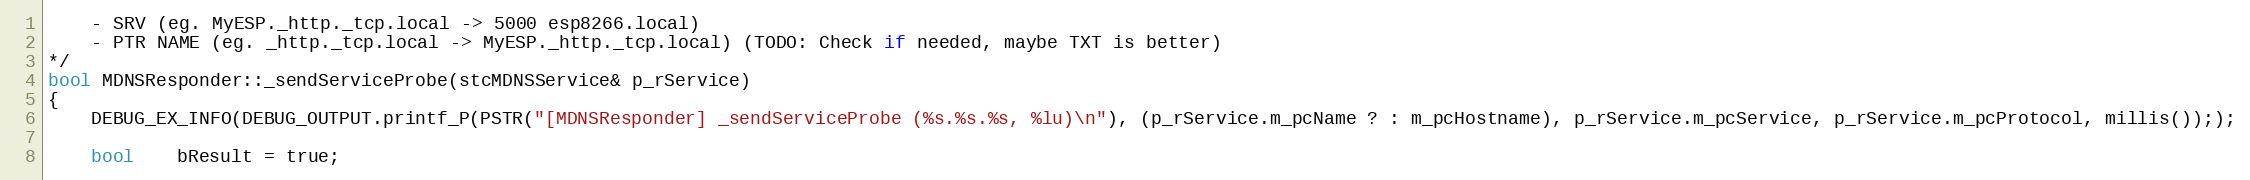
Language: C++
    - SRV (eg. MyESP._http._tcp.local -> 5000 esp8266.local)
    - PTR NAME (eg. _http._tcp.local -> MyESP._http._tcp.local) (TODO: Check if needed, maybe TXT is better)
*/
bool MDNSResponder::_sendServiceProbe(stcMDNSService& p_rService)
{
    DEBUG_EX_INFO(DEBUG_OUTPUT.printf_P(PSTR("[MDNSResponder] _sendServiceProbe (%s.%s.%s, %lu)\n"), (p_rService.m_pcName ? : m_pcHostname), p_rService.m_pcService, p_rService.m_pcProtocol, millis()););

    bool    bResult = true;